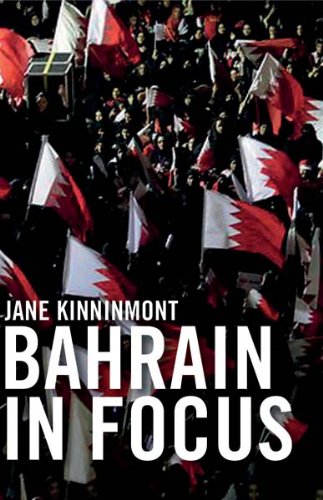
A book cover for Bahrain in Focus (Gulf States in Focus); Jane Kinnimont; History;